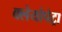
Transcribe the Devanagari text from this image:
क्लेयोपेट्रा